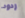
ردود